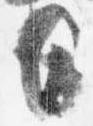
日